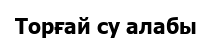
Торғай су алабы